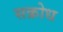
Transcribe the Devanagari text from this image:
सक्रोध